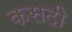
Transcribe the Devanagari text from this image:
कसदी